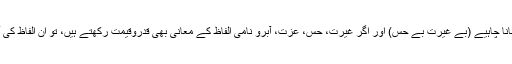
یا تو مکمل جانور بن جانا چاہیے (بے غیرت بے حس) اور اگر غیرت، حس، عزت، آبرو نامی الفاظ کے معانی بھی قدروقیمت رکھتے ہیں، تو ان الفاظ کی آبرو بھی رکھنی ہوگی۔